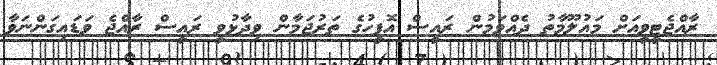
ރާއްޖެޓީވީއަށް މައުލޫމާތު ދެއްވަމުން ރައީސް އޮފީހުގެ ތަރުޖަމާން ވިދާޅުވީ ރައީސް ރާއްޖެ ވަޑައިގަންނަވާ